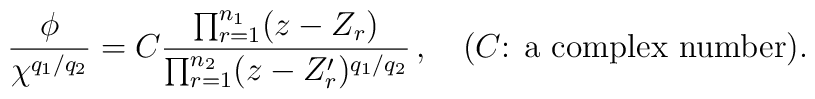
\frac{\phi}{\chi^{q_1/q_2}}= C\frac{\prod_{r=1}^{n_1}(z-Z_r)}{\prod_{r=1}^{n_2}(z-Z'_r)^{q_1/q_2}}\,,  \hspace{4mm}\mbox{($C$: a complex number)}.